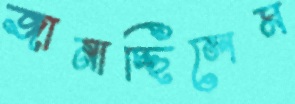
জানাচ্ছিলেম